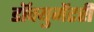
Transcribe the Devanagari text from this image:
डॉक्‍युमेंटरी